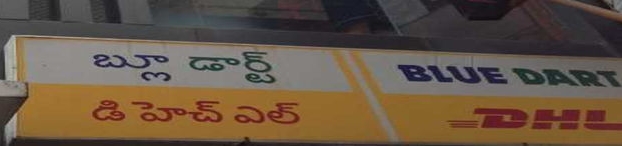
Language: telugu
Transcription: బ్లూ డార్ట్ డి ఎల్